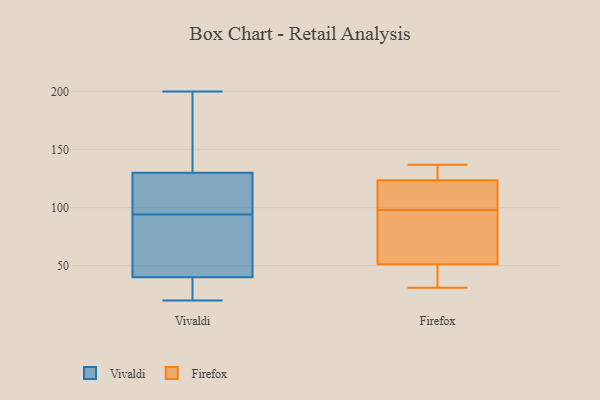
{"axis": {"x": "Demand Index", "y": "Value"}, "legend": ["Firefox", "Vivaldi"], "data": [{"x": "", "y": 130, "type": "Vivaldi"}, {"x": "", "y": 29, "type": "Vivaldi"}, {"x": "", "y": 44, "type": "Vivaldi"}, {"x": "", "y": 139, "type": "Vivaldi"}, {"x": "", "y": 97, "type": "Vivaldi"}, {"x": "", "y": 40, "type": "Vivaldi"}, {"x": "", "y": 57, "type": "Vivaldi"}, {"x": "", "y": 113, "type": "Vivaldi"}, {"x": "", "y": 91, "type": "Vivaldi"}, {"x": "", "y": 184, "type": "Vivaldi"}, {"x": "", "y": 32, "type": "Vivaldi"}, {"x": "", "y": 31, "type": "Vivaldi"}, {"x": "", "y": 191, "type": "Vivaldi"}, {"x": "", "y": 200, "type": "Vivaldi"}, {"x": "", "y": 116, "type": "Vivaldi"}, {"x": "", "y": 101, "type": "Vivaldi"}, {"x": "", "y": 20, "type": "Vivaldi"}, {"x": "", "y": 63, "type": "Vivaldi"}, {"x": "", "y": 127, "type": "Firefox"}, {"x": "", "y": 87, "type": "Firefox"}, {"x": "", "y": 108, "type": "Firefox"}, {"x": "", "y": 98, "type": "Firefox"}, {"x": "", "y": 48, "type": "Firefox"}, {"x": "", "y": 131, "type": "Firefox"}, {"x": "", "y": 137, "type": "Firefox"}, {"x": "", "y": 44, "type": "Firefox"}, {"x": "", "y": 113, "type": "Firefox"}, {"x": "", "y": 31, "type": "Firefox"}, {"x": "", "y": 61, "type": "Firefox"}]}